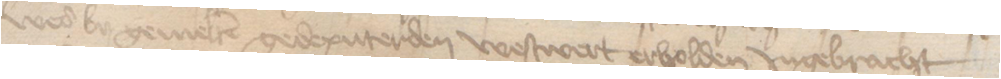
wer by gemelten gedeputerden westwert erholden Jngebracht